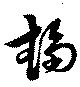
趨